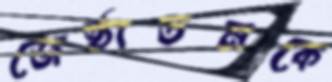
জেষ্ঠ্যতমকে